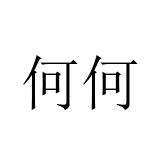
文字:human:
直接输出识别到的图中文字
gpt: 何何